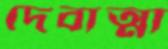
দেবাত্মা